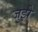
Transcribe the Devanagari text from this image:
जुझे